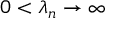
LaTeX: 0 < \lambda _ { n } \to \infty